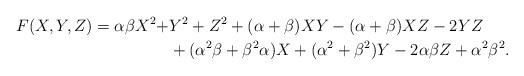
LaTeX: \begin{align*}F(X,Y,Z)=\alpha\beta X^2 +&Y^2+Z^2+(\alpha +\beta)XY-(\alpha+\beta)XZ-2YZ\\&+(\alpha^2\beta +\beta^2\alpha)X +(\alpha^2+\beta^2)Y-2\alpha\beta Z +\alpha^2\beta^2.\end{align*}